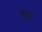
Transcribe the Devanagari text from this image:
ष्रम